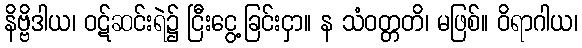
နိဗ္ဗိဒါယ၊ ဝဋ်ဆင်းရဲ၌ ငြီးငွေ့ခြင်းငှာ။ န သံဝတ္တတိ၊ မဖြစ်။ ဝိရာဂါယ၊